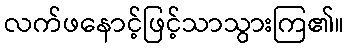
လက်ဖနောင့်ဖြင့်သာသွားကြ၏။